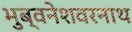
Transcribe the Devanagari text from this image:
भुब्वनेशवरनाथ